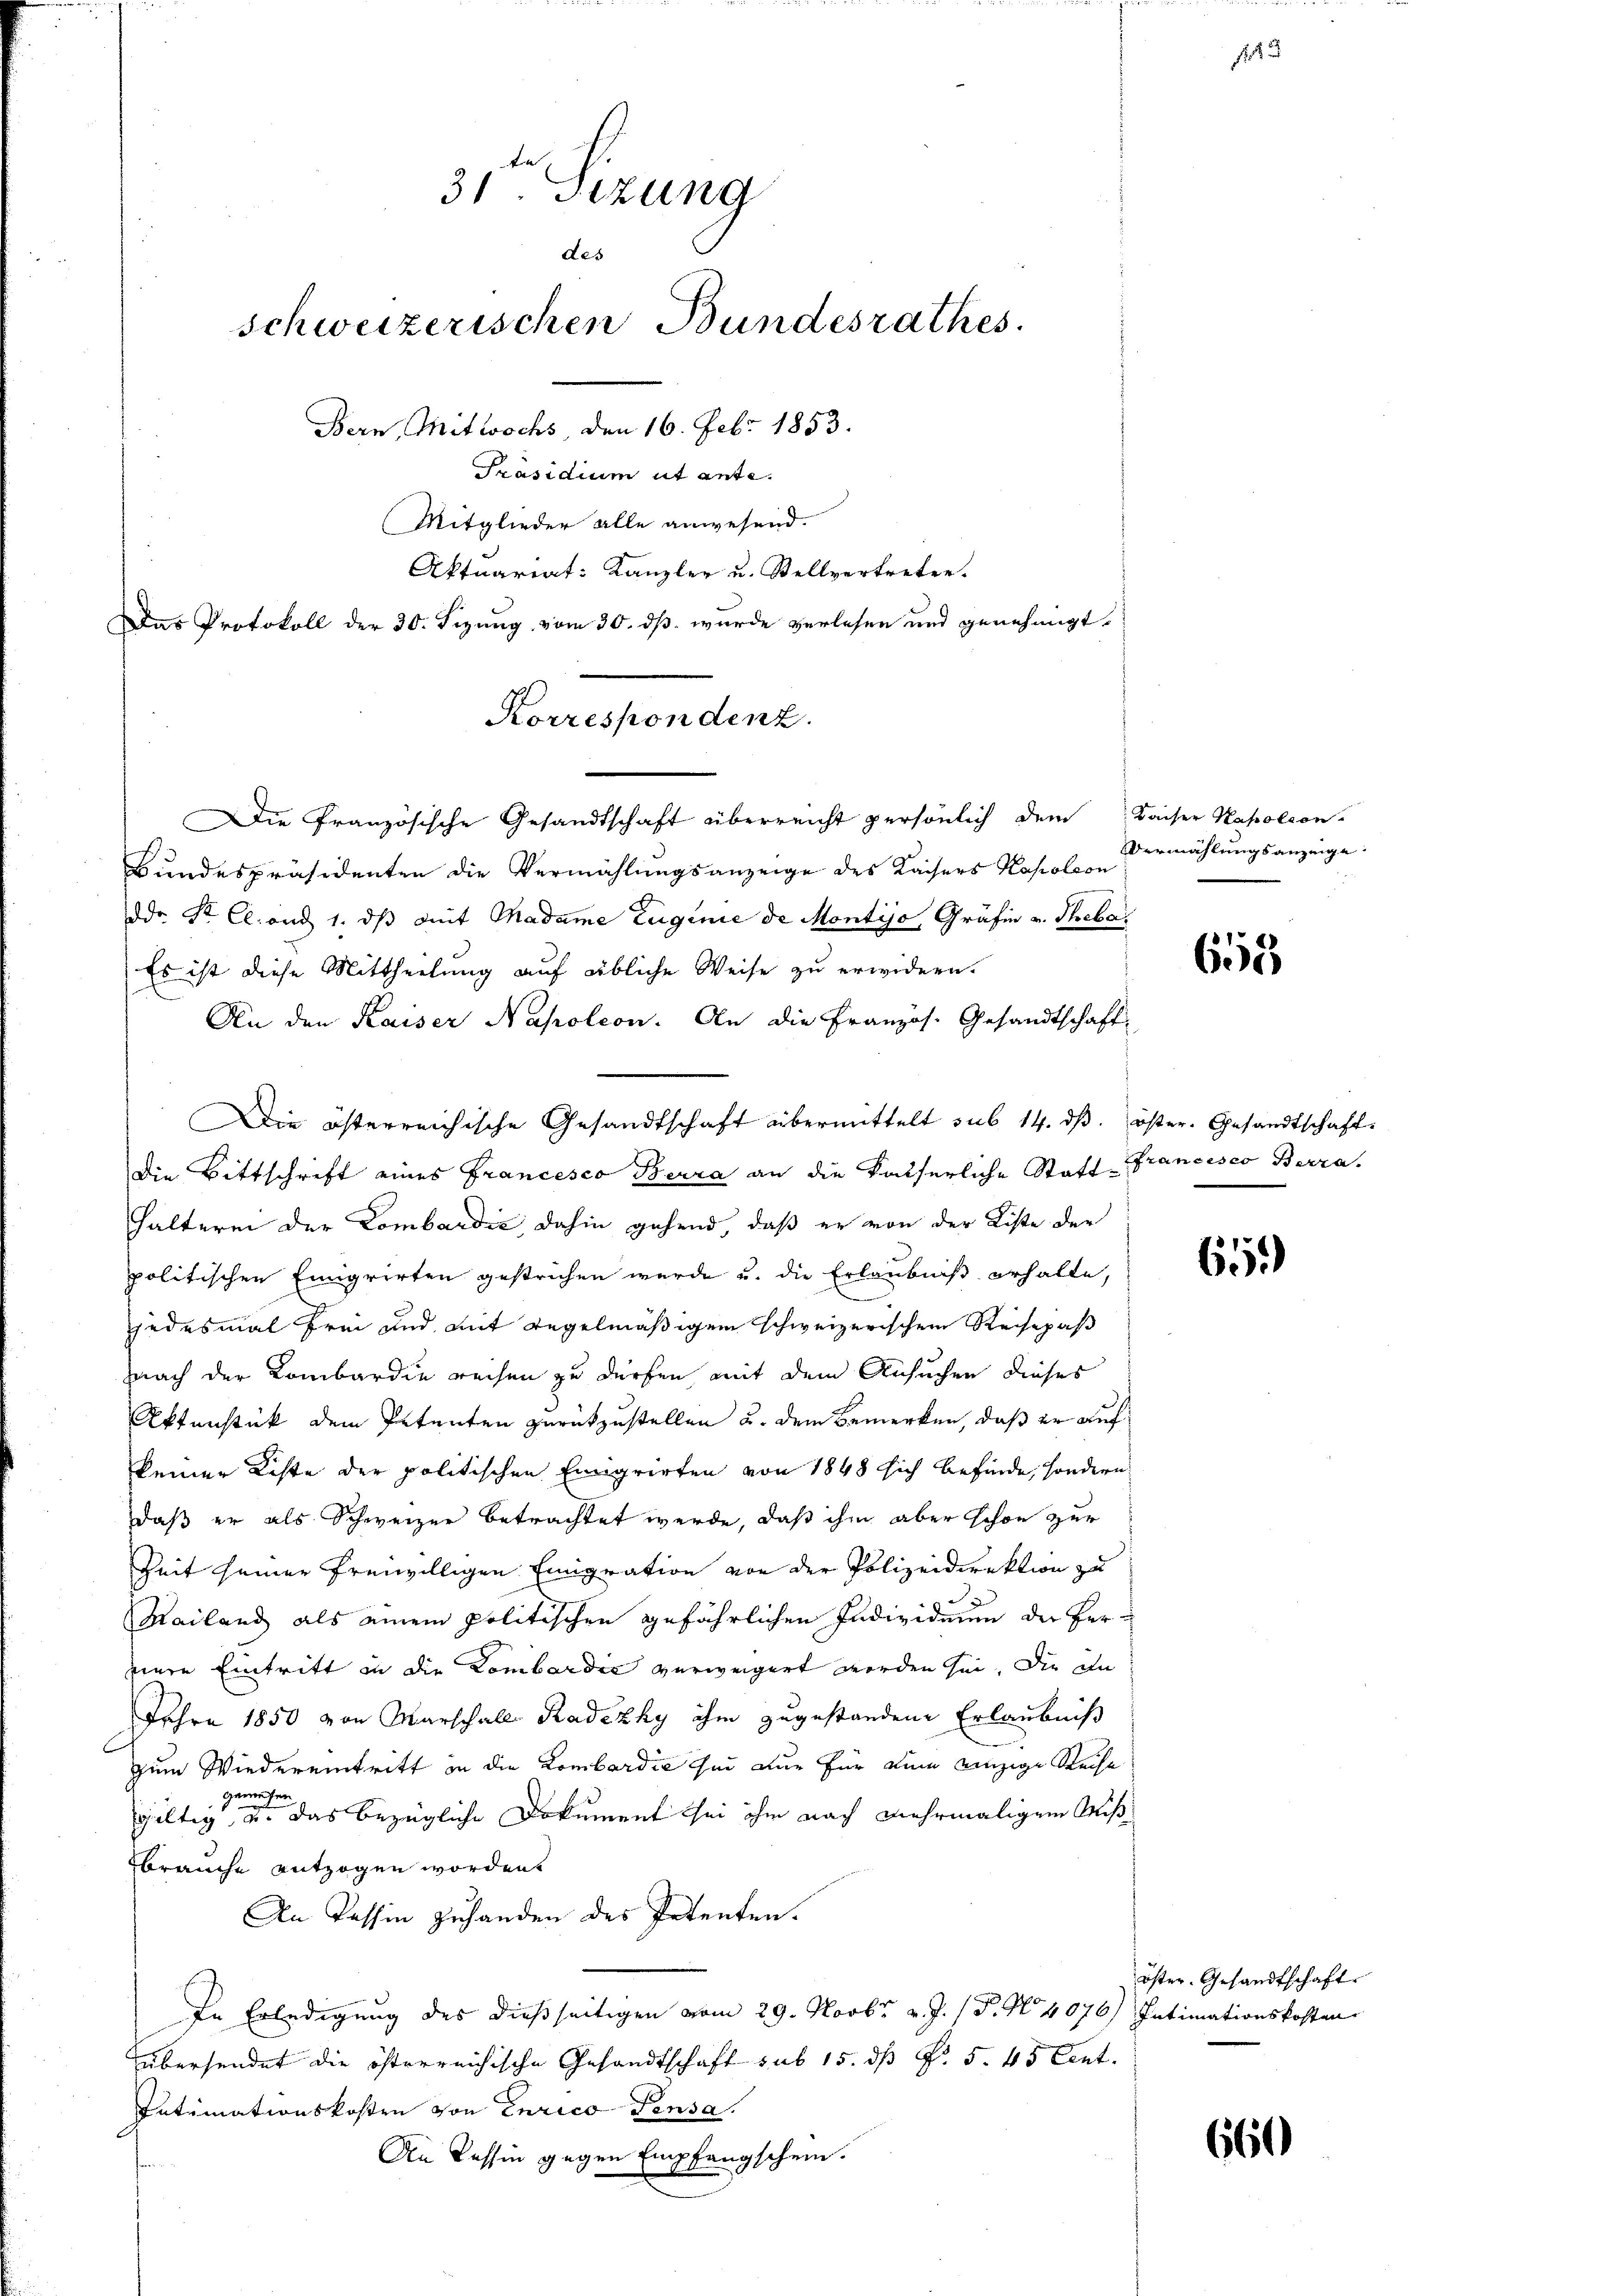
Die Französische Gesandtschaft überreicht persönlich dem Kaiser Napoleon
Bundespräsidenten die Vermählungsanzeige des Kaisers Kapoleon
ddr. St. Cl. und 1. dβ mit Madame Eugenie de Montijo Gräfin v. Theba
Es ist diese Mittheilung auf übliche Weise zu erwidern.
An den Kaiser Napoleon. An die Französ. Gesandtschaft
die Bittschrift eines Francesco Berra an die kaiserliche Statt Francisco Berra
halterei der Lombardić, dahin gehend, daß er von der Liste der
politischen Einigrirten gestrichen wurde u. die Erlaubniß erhalte,
jedesmal frei und mit Regelmäßigen schweizerischen Rechepas
nach der Kombardie reisen zu dürfen, mit dem Ansuchen dieses
Aktenstück dem Petenten zurückzustellen u. dem Bemerken, daß er aufkeiner Kiste der politischen Eingrirten von 1848 sich befinde, sondern
daß er als Schweizer betrachtet werde, daß ihm aber schon zur
Zeit seiner freiwilligen Emigration von der Polizeidirektion zu
Mailand als einem politischen gefährlichen Individuum der Herpiere Eintritt in die Lombardić verweigert worden sei. Die an
Jahre 1850 von Marschall Radezhy ihm zugestandene Erlaubniß
zum Wiedereintritt in die Lombardić sei nur für kein einzige Reise
genmeisten
gültig u. das bezügliche Dokument sei ihm nach mehrmaligem Mißbrauche entzogen worden.
An Passin zuhanden des Petenten.
In Erledigung des dießseitigen vom 29. Novbr. v. J. P. Nr. 4076) Intimationskosten
übersendet die österreichische Gesandtschaft sub 15. dß §. 5. 45 Cent.
Intimationskosten von enrico Pensa
An Tessin gegen Empfangschein.

31. Sizung
des
schweizerischen Bundesrathes.
Bern, Mitwochs, den 16. Febr. 1853.
Präsidium ut ante.
Mitglieder alle anwesend.
Aktuariat: Kanzler u. Stellvertreten.
Das Protokoll der 30. Sizung vom 30. dß wurde verlesen und genehmigt.

Korrespondenz.

Die österreichische Gesandtschaft übermittelt sub 14. dβ. öster. Gesandtschaft.

Vermählungsanzeige.

11.

655

65.

öster Gesandtschaft

660